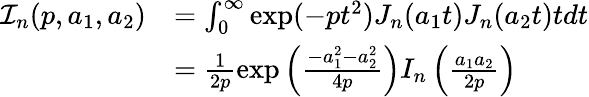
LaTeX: \begin{array}{rl}{{\cal I}_{n}(p,a_{1},a_{2})}&{=\int_{0}^{\infty}\exp(-pt^{2})J_{n}(a_{1}t)J_{n}(a_{2}t)tdt}\\ &{=\frac{1}{2p}\exp\left(\frac{-a_{1}^{2}-a_{2}^{2}}{4p}\right)I_{n}\left(\frac{a_{1}a_{2}}{2p}\right)}\end{array}